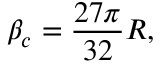
\beta _ { c } = { \frac { 2 7 \pi } { 3 2 } } R ,